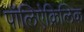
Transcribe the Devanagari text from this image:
पॉलिऐक्रिलिक